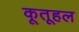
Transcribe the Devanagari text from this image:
कूतूहल